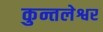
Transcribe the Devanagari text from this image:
कुन्तलेश्वर